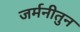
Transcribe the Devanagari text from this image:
जर्मनीतुन